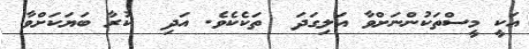
އަކީ މީސްތަކުންނަށްވާ އަލިގަދަ  ތަކެކެވެ. އަދި  ކުރާ ބަޔަކަށްވާ